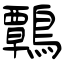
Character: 鷣